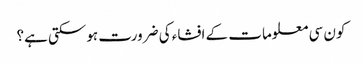
کون سی معلومات کے افشاء کی ضرورت ہوسکتی ہے؟